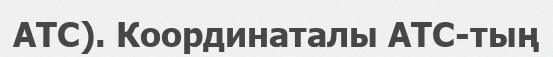
АТС). Координаталы АТС-тың